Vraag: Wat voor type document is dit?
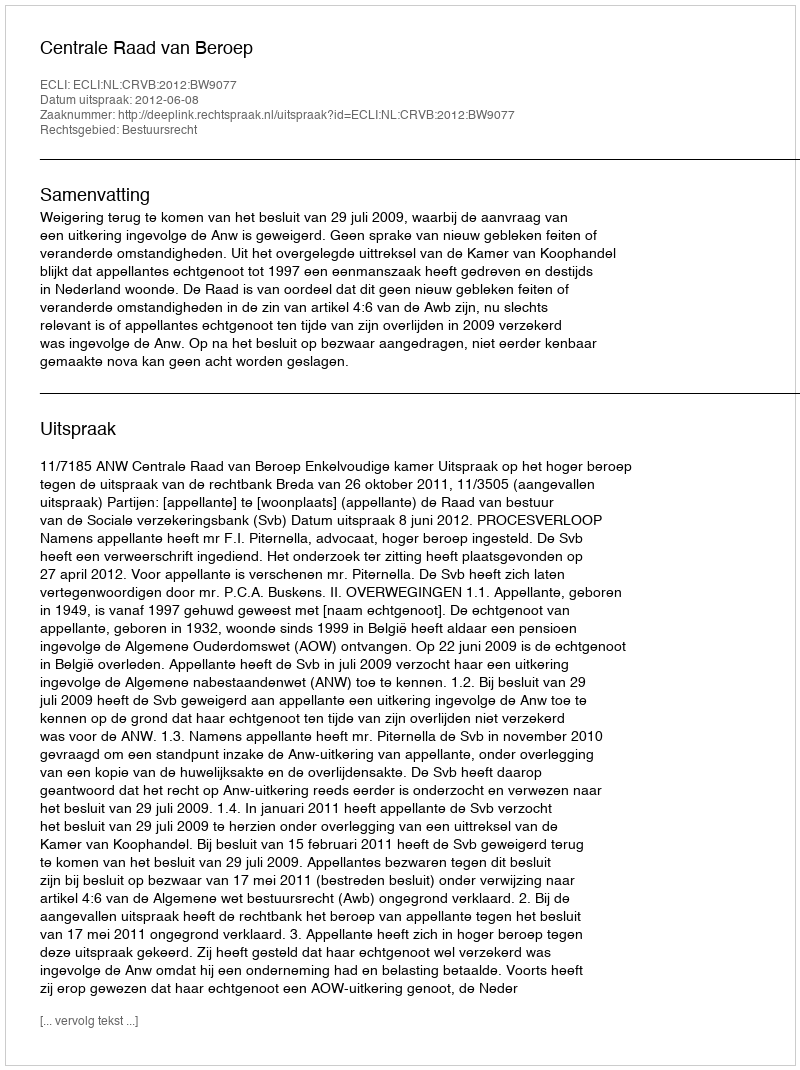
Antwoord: Uitspraak